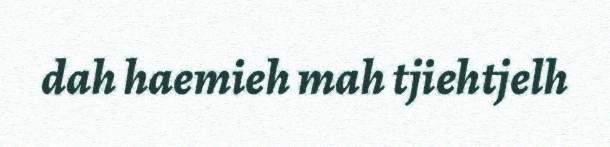
dah haemieh mah tjiehtjelh